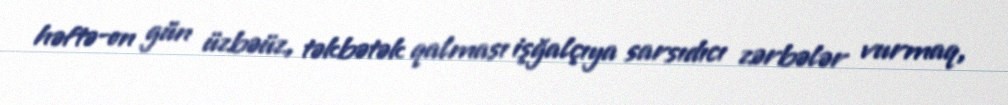
həftə-on gün üzbəüz, təkbətək qalması işğalçıya sarsıdıcı zərbələr vurmaq,